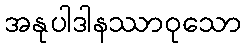
အနုပါဒါနဿာဝုသော